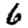
Digit: 6